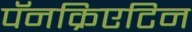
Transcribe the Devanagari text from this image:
पॅनक्रिएटिन